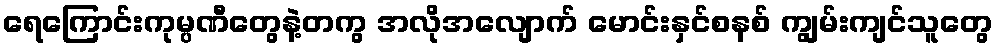
ရေကြောင်းကုမ္ပဏီတွေနဲ့တကွ အလိုအလျောက် မောင်းနှင်စနစ် ကျွမ်းကျင်သူတွေ